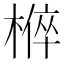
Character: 𭫚